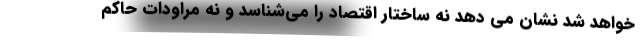
خواهد شد نشان می دهد نه ساختار اقتصاد را می‌شناسد و نه مراودات حاکم